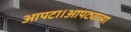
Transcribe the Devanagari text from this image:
आपटा।आपट्याच्या